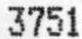
3751